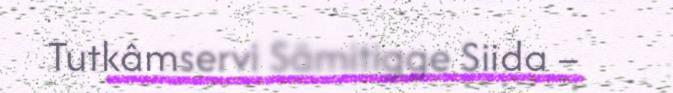
Tutkâmservi Sämitigge Siida –